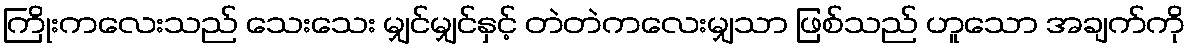
ကြိုးကလေးသည် သေးသေး မျှင်မျှင်နှင့် တဲတဲကလေးမျှသာ ဖြစ်သည် ဟူသော အချက်ကို